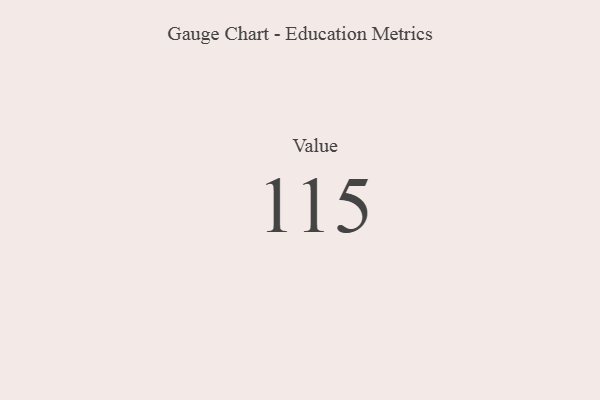
{"axis": {"x": "Metric", "y": "Value"}, "legend": [""], "data": [{"x": "Value", "y": 115, "type": ""}]}